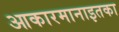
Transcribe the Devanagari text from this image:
आकारमानाइतका